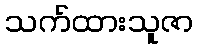
သက်ထားသူဇာ